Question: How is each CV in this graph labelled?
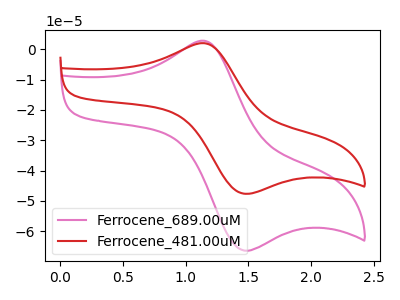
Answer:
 <answer>The pink curve is labeled "Ferrocene_689.00uM". The red curve is labeled "Ferrocene_481.00uM".</answer>
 <eval></eval>